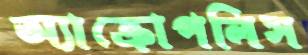
অ্যাক্রোপলিস